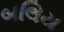
બલિય